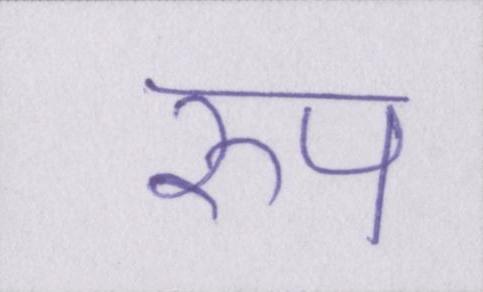
रुप